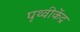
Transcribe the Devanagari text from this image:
पृथ्वीकेंद्र